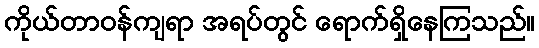
ကိုယ်တာဝန်ကျရာ အရပ်တွင် ရောက်ရှိနေကြသည်။